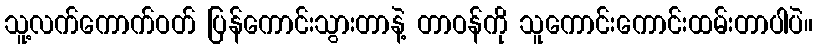
သူ့လက်ကောက်ဝတ် ပြန်ကောင်းသွားတာနဲ့ တာဝန်ကို သူကောင်းကောင်းထမ်းတာပါပဲ။